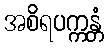
အစိရပက္ကန္တံ